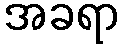
အခရာ